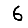
Digit: 6